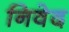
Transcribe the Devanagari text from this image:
निवेद